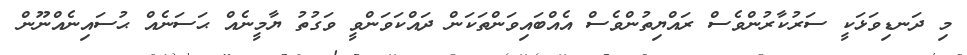
މި ދަނޑިވަޅަކީ ސަރުކާރުންވެސް ރައްޔިތުންވެސް އެއްބައިވަންތަކަން ދައްކަވަންވީ ވަގުތު ޔާމީނެއް ޙަސަނެއް ޙުސައިނެއްނޫން